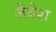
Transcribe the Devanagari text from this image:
जैवेश